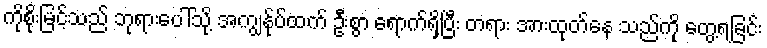
ကိုစိုးမြင့်သည် ဘုရားပေါ်သို့ အကျွန်ုပ်ထက် ဦးစွာ ရောက်ရှိပြီး တရား အားထုတ်နေ သည်ကို တွေ့ရခြင်း